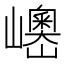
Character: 𱜓